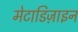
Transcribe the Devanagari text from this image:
मेटाडिज़ाइन